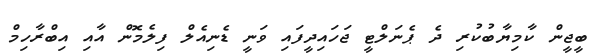
ބީޖީން ކާމިޔާބުކުރި ދެ ޕެނަލްޓީ ޖަހައިދީފައި ވަނީ ޑެނިއެލް ފިލެމޮން އާއި އިބްރާހިމް